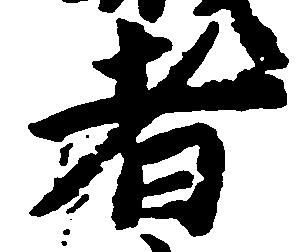
者